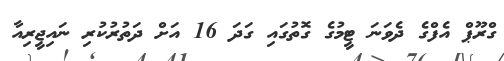
ގްރޫޕް އެފްގެ ދެވަނަ ޓީމުގެ ގޮތުގައި ގަދަ 16 އަށް ދަތުރުކުރި ނައިޖީރިއާ